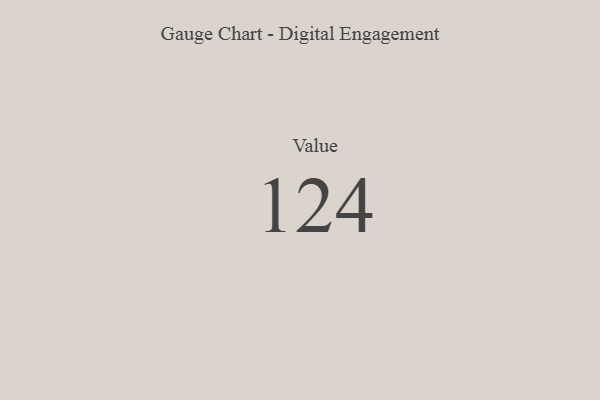
{"axis": {"x": "Metric", "y": "Value"}, "legend": [""], "data": [{"x": "Value", "y": 124, "type": ""}]}